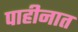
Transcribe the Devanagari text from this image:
पाहीनात